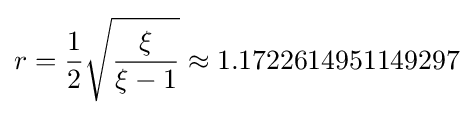
r={\frac {1}{2}}{\sqrt {\frac {\xi }{\xi -1}}}\approx 1.1722614951149297